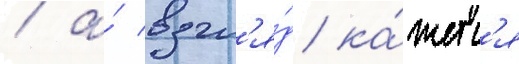
/ а́ взгл'я́д ка́жетс'я